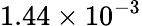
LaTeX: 1.44\times 10^{-3}